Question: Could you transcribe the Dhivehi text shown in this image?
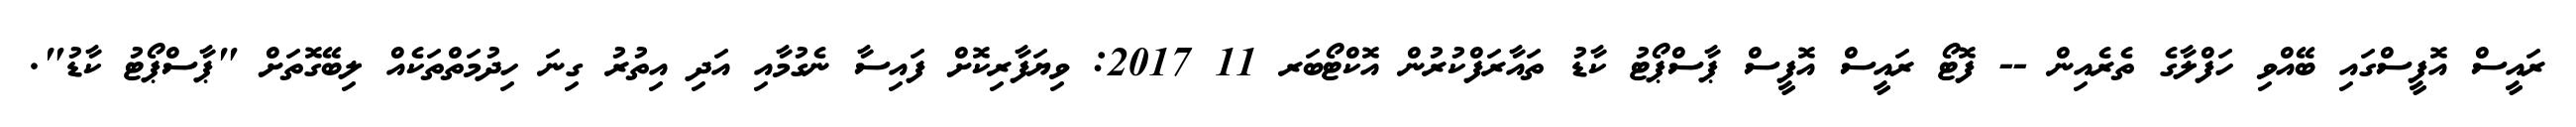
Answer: ރައީސް އޮފީސްގައި ބޭއްވި ހަފްލާގެ ތެރެއިން -- ފޮޓޯ ރައީސް އޮފީސް ޕާސްޕޯޓު ކާޑު ތައާރަފްކުރުން އޮކްޓޯބަރ 11 2017: ވިޔަފާރިކޮށް ފައިސާ ނެގުމާއި އަދި އިތުރު ގިނަ ހިދުމަތްތަކެއް ލިބޭގޮތަށް "ޕާސްޕޯޓު ކާޑު".